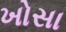
ખોસા